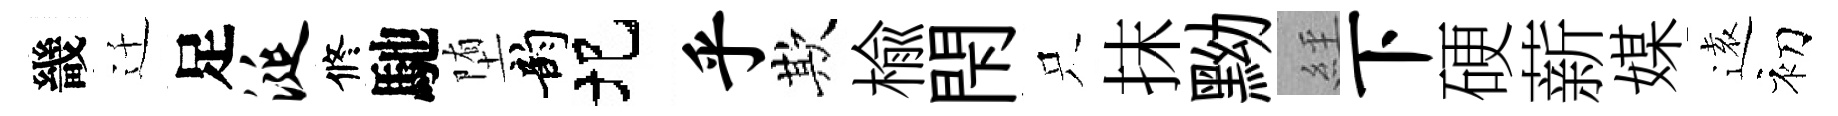
畿迁足涎修馳堕韵圯乎欺楡閇只抹黝𦀇下硬薪媒逺初